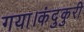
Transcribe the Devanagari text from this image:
गया।कंदुकुरी